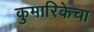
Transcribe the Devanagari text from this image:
कुमारिकेचा